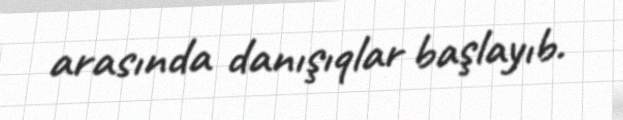
arasında danışıqlar başlayıb.